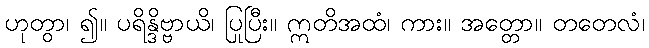
ဟုတွာ၊ ၍။ ပရိန္ဒိဗ္ဗာယိ၊ ပြုပြီး။ ဣတိအထံ၊ ကား။ အတ္တော။ တတေလံ၊